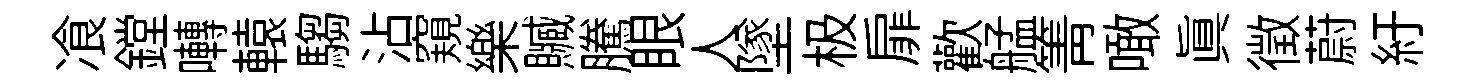
飡鏜囀轅騶沾窺樂贓騰眼人墜极扉歡艋箐噉眞徵蔚紆